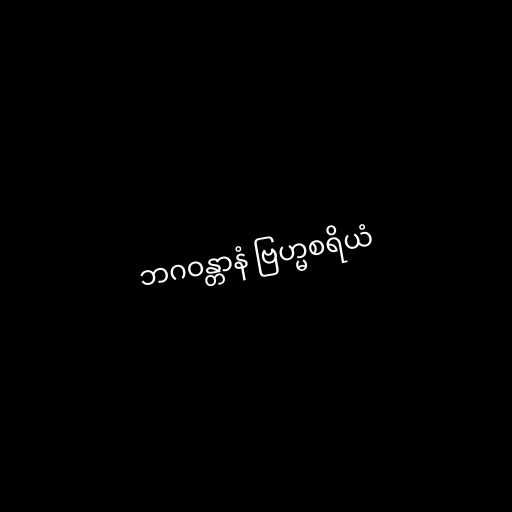
ဘဂဝန္တာနံ ဗြဟ္မစရိယံ